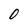
Character: O